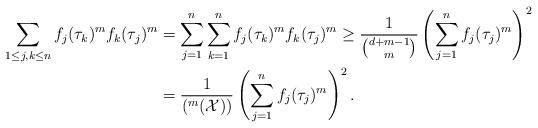
LaTeX: \begin{align*} \sum_{1\leq j,k \leq n}f_j(\tau_k)^mf_k(\tau_j)^m &=\sum_{j=1}^n\sum_{k=1}^nf_j(\tau_k)^mf_k(\tau_j)^m \geq \frac{1}{{d+m-1 \choose m}}\left(\sum_{j=1}^n f_j(\tau_j)^m\right)^2 \\ &=\frac{1}{(^m(\mathcal{X}))}\left(\sum_{j=1}^n f_j(\tau_j)^m\right)^2. \end{align*}